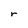
Character: r